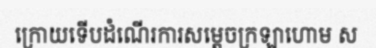
ក្រោយទើបដំណើរការសម្តេចក្រឡាហោម ស